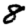
Digit: 8